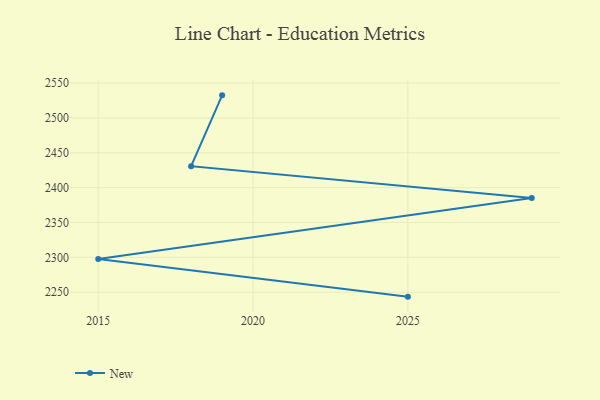
{"axis": {"x": "Year", "y": "Energy Usage (MWh)"}, "legend": ["New"], "data": [{"x": "2025", "y": 2243.6, "type": "New"}, {"x": "2015", "y": 2297.7, "type": "New"}, {"x": "2029", "y": 2385.2, "type": "New"}, {"x": "2018", "y": 2430.8, "type": "New"}, {"x": "2019", "y": 2532.4, "type": "New"}]}